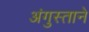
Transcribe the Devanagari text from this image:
अंगुस्ताने